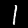
Digit: 1